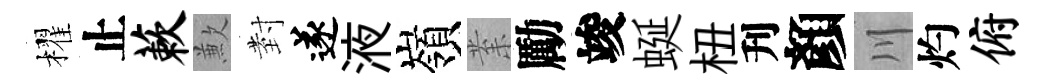
櫂止蔌歉𭔹遂液嶺𭪙勵竣蜒杻刋顏川灼俯